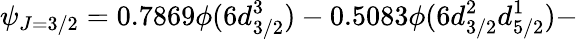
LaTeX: \psi_{J=3/2}=0.7869\phi(6d_{3/2}^{3})-0.5083\phi(6d_{3/2}^{2}d_{5/2}^{1})-